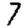
Digit: 7